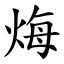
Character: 烸